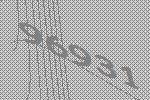
96931